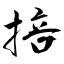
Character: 掊